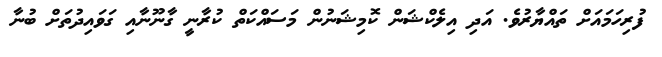
ފުރިހަމައަށް ތައްޔާރުވެ. އަދި އިލެކްޝަން ކޮމިޝަނުން މަސައްކަތް ކުރާނީ ގާނޫނާއި ގަވައިދުތަށް ބުނާ